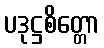
ပဒုဋ္ဌစိတ္တော